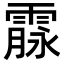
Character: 霡